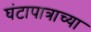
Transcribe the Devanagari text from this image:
घंटापात्राच्या